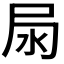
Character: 𡱊